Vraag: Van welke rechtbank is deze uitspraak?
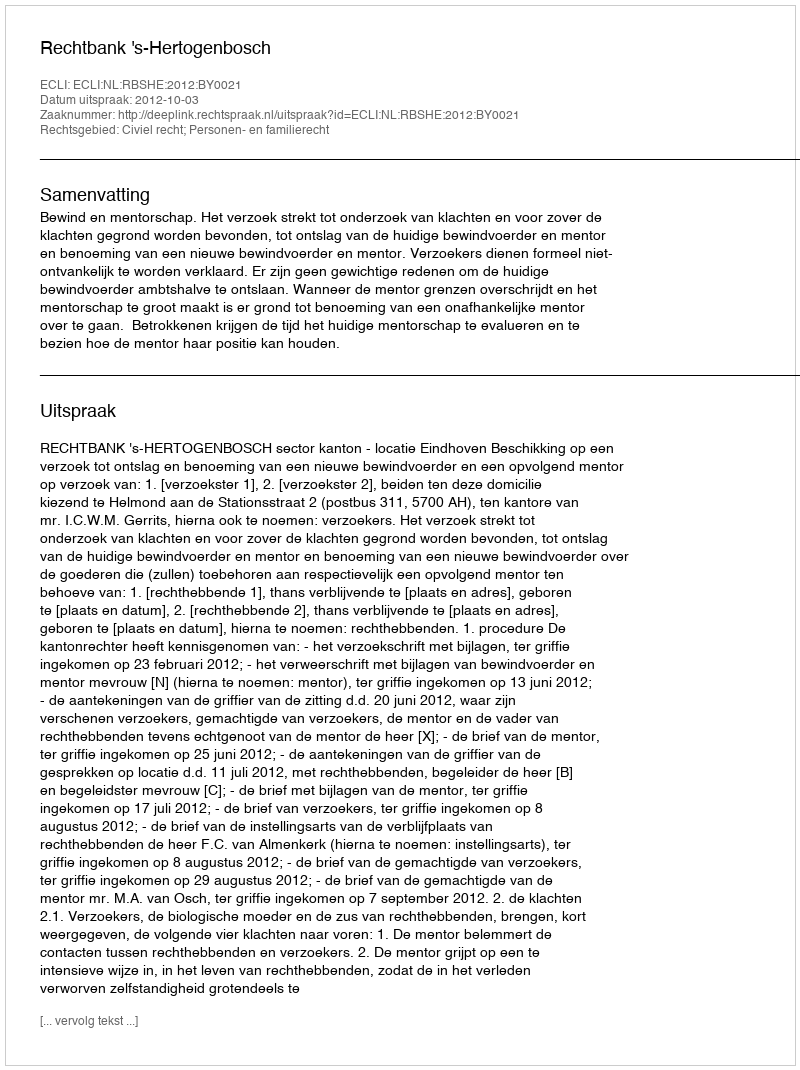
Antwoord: Rechtbank 's-Hertogenbosch